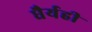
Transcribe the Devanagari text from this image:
धैर्यही